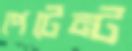
পেটেন্ট